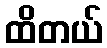
ထိတယ်